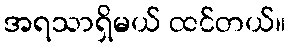
အရသာရှိမယ် ထင်တယ်။